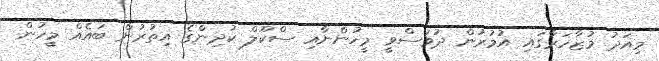
މިއަދު މުޒާހަރާގައި އުމުރުން ދުވަސްވީ މީހުންނާއި ސްކޫލް ކުދިންގެ އިތުރުން ބައެއް މީހުން